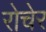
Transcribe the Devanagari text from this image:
रोचेर